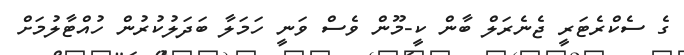
ގެ ސެކްރެޓަރީ ޖެނެރަލް ބާން ކީ-މޫން ވެސް ވަނީ ހަމަލާ ބަދަލުކުރުން ހުއްޓާލުމަށް